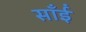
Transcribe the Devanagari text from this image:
साँईं